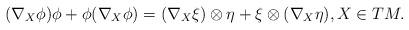
LaTeX: \begin{align*}(\nabla_X\phi)\phi+\phi(\nabla_X\phi)=(\nabla_X\xi)\otimes\eta+\xi\otimes(\nabla_X\eta), X\in TM.\end{align*}